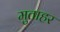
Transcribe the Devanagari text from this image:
मुताहर